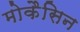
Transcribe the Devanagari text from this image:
मोकैसिन